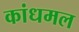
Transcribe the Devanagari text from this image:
कांधमल